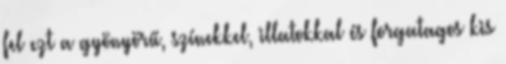
fel ezt a gyönyörű, színekkel, illatokkal és forgatagos kis